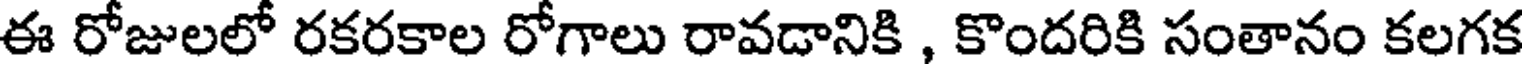
ఈ రోజులలో రకరకాల రోగాలు రావడానికి , కొందరికి సంతానం కలగక